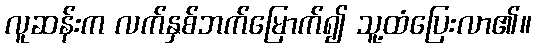
လူဆန်းက လက်နှစ်ဘက်မြောက်၍ သူ့ထံပြေးလာ၏။